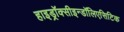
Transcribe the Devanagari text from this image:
हाइड्रॉक्सीइन्डॉलिएसिटिक